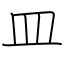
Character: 皿